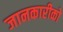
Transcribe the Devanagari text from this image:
जानकारीको